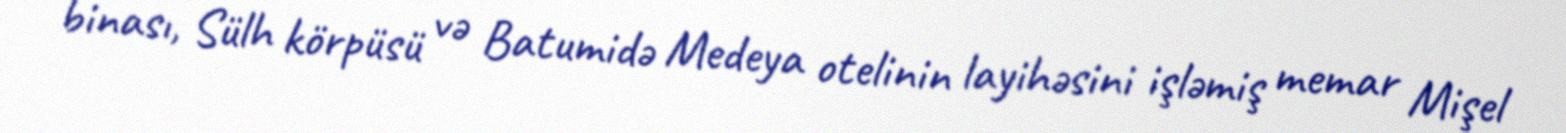
binası, Sülh körpüsü və Batumidə Medeya otelinin layihəsini işləmiş memar Mişel